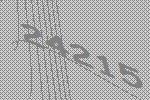
24215